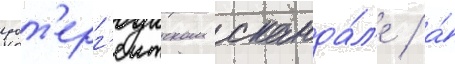
уот'ерг'еитском сканда́л'е / а́